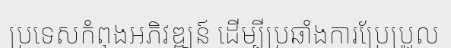
ប្រទេសកំពុងអភិវឌ្ឍន៍ ដើម្បីប្រឆាំងការប្រែប្រួល